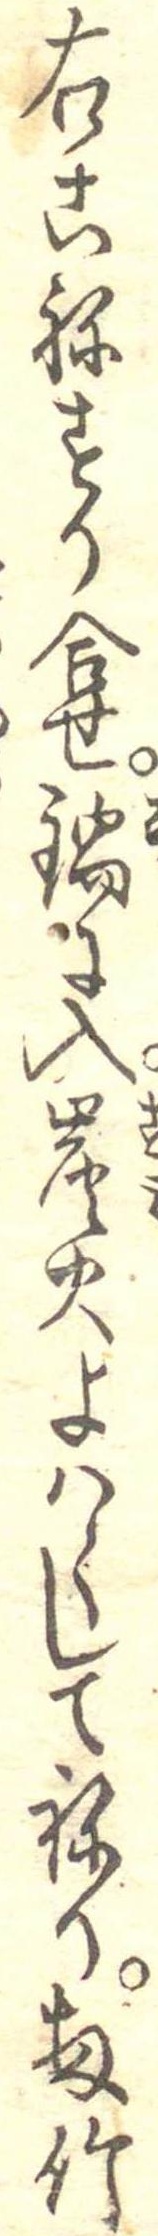
右こねすり合せ鍋に入炭火よはくしてねり扨竹